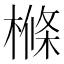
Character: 樤